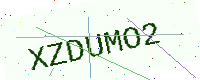
Text: XZDUMO2